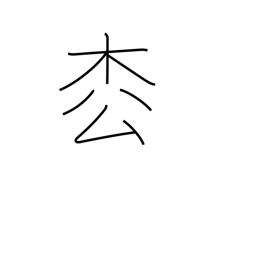
Meaning: fir tree